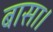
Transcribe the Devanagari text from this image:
बासा।